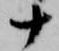
十